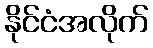
နိုင်ငံအလိုက်